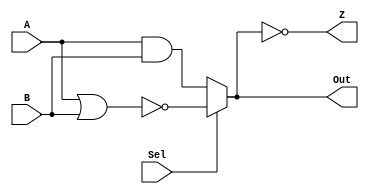
module logicmod(Out, Z, A, B, Sel);

  input [15:0] A, B;
  input Sel;
  output [15:0] Out;
  output Z;

  wire [15:0] andwire, norwire;

  assign andwire = (A & B);
  //always@(andwire && !Sel) $display("And result = %b", andwire);
  assign norwire = ~(A | B);
  assign Out = (Sel) ? norwire : andwire;
  assign Z = (Out == 16'h0000);

endmodule